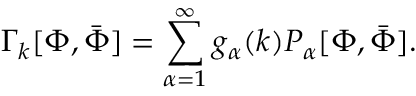
\Gamma _ { k } [ \Phi , { \bar { \Phi } } ] = \sum _ { \alpha = 1 } ^ { \infty } g _ { \alpha } ( k ) P _ { \alpha } [ \Phi , { \bar { \Phi } } ] .